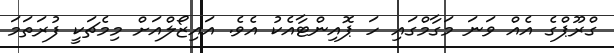
ގްރޫޕްގެ އެއް ވަނަ މަގާމްގައި ހަ ޕޮއިންޓާއެކު އެވެ. އައިޒޯލްއަށް މިމެޗަކީ ފުރަތަމަ